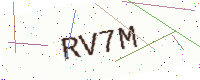
Text: RV7M